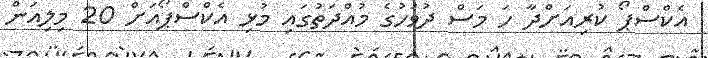
އެކްސްޕޯ ކުރިއަށްދާ ހަ މަސް ދުވަހުގެ މުއްދަތުގައި މުޅި އެކްސްޕޯއަށް 20 މިލިއަން